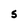
Character: 5